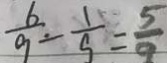
\frac { 6 } { 9 } - \frac { 1 } { 9 } = \frac { 5 } { 9 }